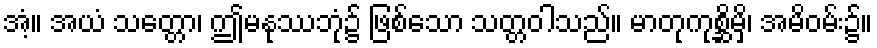
အံ့။ အယံ သတ္တော၊ ဤမနုဿဘုံ၌ ဖြစ်သော သတ္တဝါသည်။ မာတုကုစ္ဆိမှိ၊ အမိဝမ်း၌။